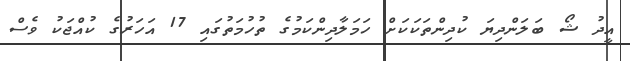
އީދު ޝޯ ބަލަންދިޔަ ކުދިންތަކަކަށް ހަމަލާދިންކަމުގެ ތުހުމަތުގައި 17 އަހަރުގެ ކުއްޖަކު ވެސް